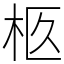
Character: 柩